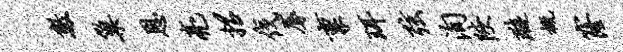
数巢恩亮招伐蓐禀珥弦洵陕璇概窿